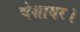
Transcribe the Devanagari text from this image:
चेशायर।